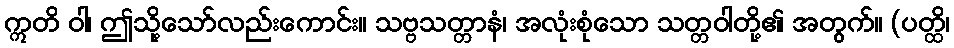
ဣတိ ဝါ၊ ဤသို့သော်လည်းကောင်း။ သဗ္ဗသတ္တာနံ၊ အလုံးစုံသော သတ္တဝါတို့၏ အတွက်။ (ပတ္ထိ၊